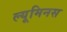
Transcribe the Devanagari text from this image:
ल्यूमिनस